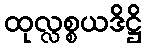
ထုလ္လစ္စယဒိဋ္ဌိ